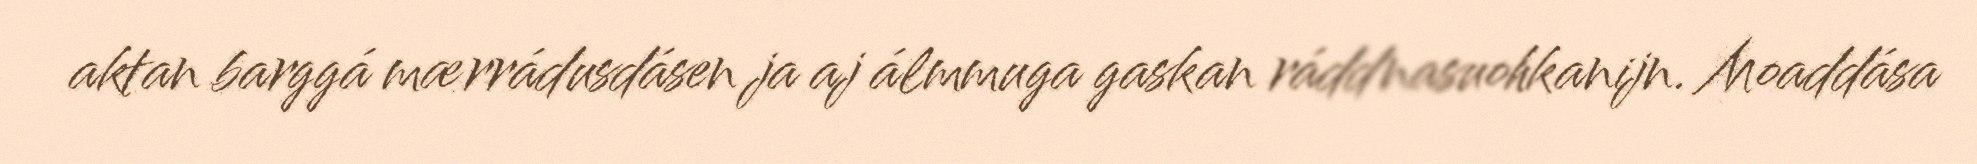
aktan barggá mærrádusdásen ja aj álmmuga gaskan ráddnasuohkanijn. Moaddása